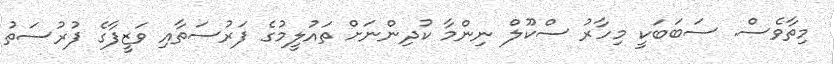
މިތާވެސް. ސަބަބަކީ މިހާރު ސްކޫލް ނިންމާ ކުދިންނަށް ތައުލީމުގެ ފަރުސަތާއި ވަޒީފާގެ ފުރުސަތު